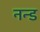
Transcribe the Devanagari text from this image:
नन्ड